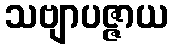
သဗျာပဇ္ဇာယ